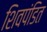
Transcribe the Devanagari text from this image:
शिवपंडित